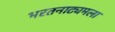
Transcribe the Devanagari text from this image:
भरतनाट्यमला